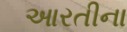
આરતીના